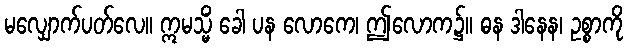
မလျှောက်ပတ်လေ။ ဣမသ္မိံ ခေါ ပန လောကေ၊ ဤလောက၌။ ဓန ဒါနေန၊ ဥစ္စာကို